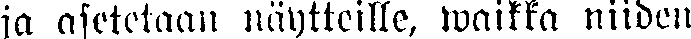
ja asetetaan näytteille, waikka niiden